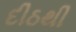
દીઠથી